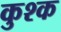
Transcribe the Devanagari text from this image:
कुश्क